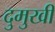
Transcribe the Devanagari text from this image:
दुमुखी